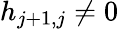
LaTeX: h_{j+1,j}\neq 0